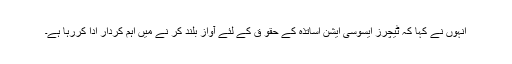
اُنہوں نے کہا کہ ٹیچرز ایسوسی ایشن اساتذہ کے حقو ق کے لئے آواز بلند کر نے میں اہم کردار ادا کررہا ہے۔